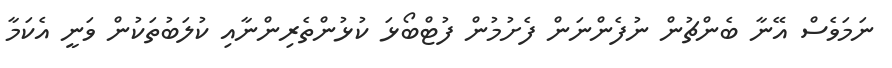
ނަމަވެސް އޭނާ ބެންޗުން ނުފެންނަން ފެށުމުން ފުޓްބޯޅަ ކުޅުންތެރިންނާއި ކުލަބުތަކުން ވަނީ އެކަމާ